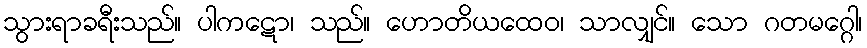
သွားရာခရီးသည်။ ပါကဋော၊ သည်။ ဟောတိယထေဝ၊ သာလျှင်။ သော ဂတမဂ္ဂေါ၊